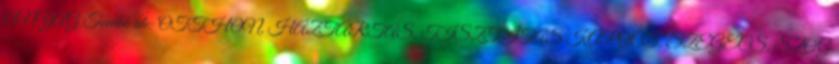
ANYAG Tovább ide: OTTHON, HÁZTARTÁS, TISZTÍTÁS KAPOCS, SZEGECS, SZÖG